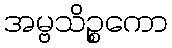
အမ္ဗသိဉ္စကော